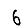
Digit: 6